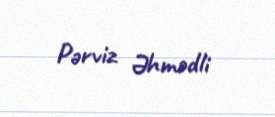
Pərviz Əhmədli